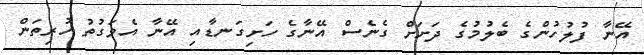
އޭނާ ފުލުހުންގެ ބެލުމުގެ ދަށަށް ގެނެސް އޭނާގެ ހަށިގަނޑާއި އޭނާ އެވަގުތު ހުރިތަން